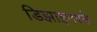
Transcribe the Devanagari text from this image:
डिझाइनरने